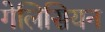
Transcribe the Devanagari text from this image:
गेलिसियन